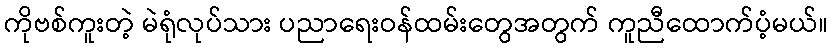
ကိုဗစ်ကူးတဲ့ မဲရုံလုပ်သား ပညာရေးဝန်ထမ်းတွေအတွက် ကူညီထောက်ပံ့မယ်။